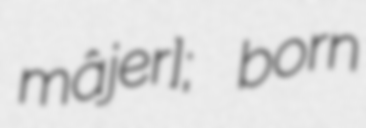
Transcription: mâjer]; born